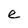
Character: e